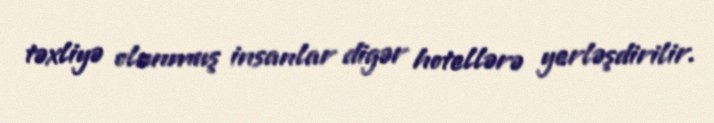
təxliyə olunmuş insanlar digər hotellərə yerləşdirilir.